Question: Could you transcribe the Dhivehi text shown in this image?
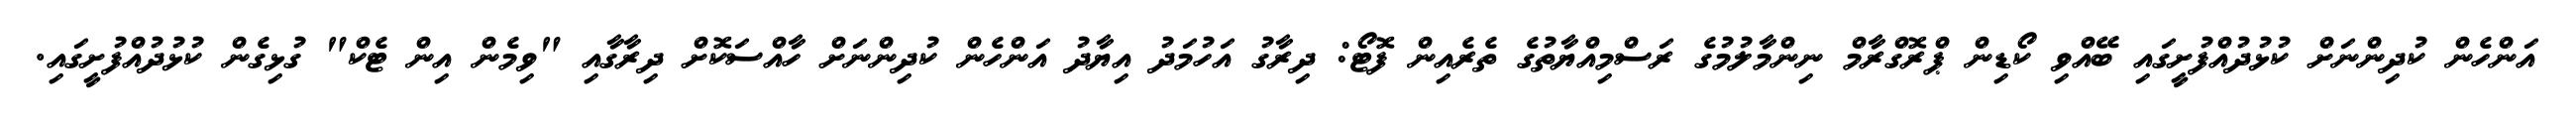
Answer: އަންހެން ކުދިންނަށް ކުޅުދުއްފުށީގައި ބޭއްވި ކޯޑިން ޕްރޮގްރާމް ނިންމާލުމުގެ ރަސްމިއްޔާތުގެ ތެރެއިން ފޮޓޯ: ދިރާގު އަހުމަދު އިޔާދު އަންހެން ކުދިންނަށް ހާއްސަކޮށް ދިރާގާއި "ވިމެން އިން ޓެކް" ގުޅިގެން ކުޅުދުއްފުށީގައި.